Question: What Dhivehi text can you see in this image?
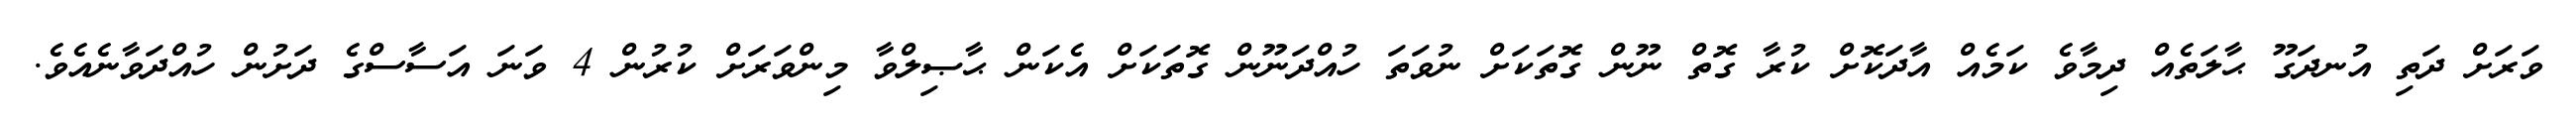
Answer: ވަރަށް ދަތި އުނދަގޫ ޙާލަތެއް ދިމާވެ ކަމެއް އާދަކޮށް ކުރާ ގޮތް ނޫން ގޮތަކަށް ނުވަތަ ހުއްދަނޫން ގޮތަކަށް އެކަން ޙާޞިލްވާ މިންވަރަށް ކުރުން 4 ވަނަ އަސާސްގެ ދަށުން ހުއްދަވާނެއެވެ.